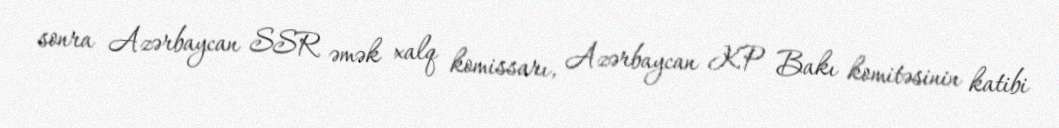
sonra Azərbaycan SSR əmək xalq komissarı, Azərbaycan KP Bakı komitəsinin katibi